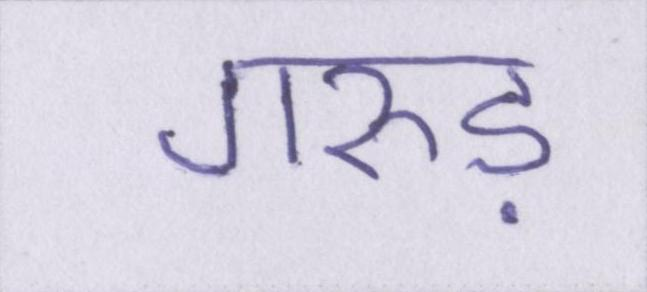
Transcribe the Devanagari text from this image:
गरुड़